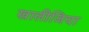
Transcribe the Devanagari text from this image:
खालीजिया